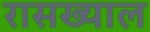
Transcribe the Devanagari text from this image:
रासख्याल